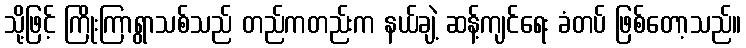
သို့ဖြင့် ကြိုးကြာရွာသစ်သည် တည်ကတည်းက နယ်ချဲ့ ဆန့်ကျင်ရေး ခံတပ် ဖြစ်တော့သည်။